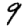
Digit: 9